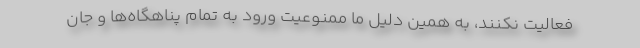
فعالیت نکنند، به همین دلیل ما ممنوعیت ورود به تمام پناهگاه‌ها و جان